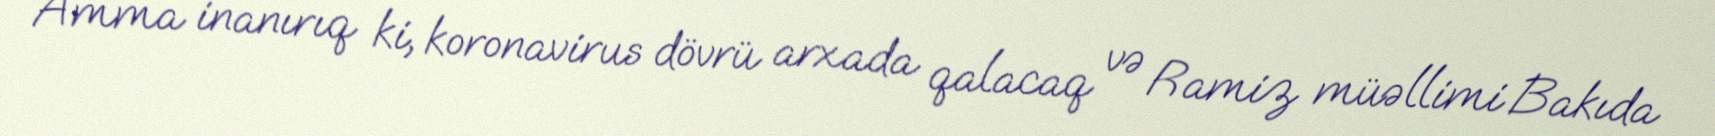
Amma inanırıq ki, koronavirus dövrü arxada qalacaq və Ramiz müəllimi Bakıda